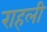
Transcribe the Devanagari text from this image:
राहली